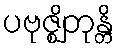
ပဗုဇ္ဈိတုန္တိ